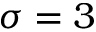
\sigma = 3